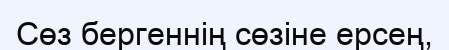
Сөз бергеннің сөзіне ерсең,